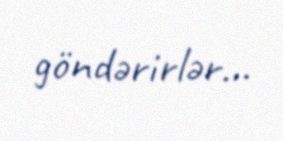
göndərirlər...